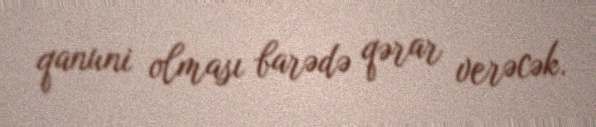
qanuni olması barədə qərar verəcək.